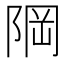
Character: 𨹽